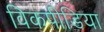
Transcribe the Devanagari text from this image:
विकपीडिया